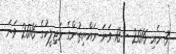
3 މެއި 2016 - 18 ވަނަ ރައްޔިތުންގެ މަޖިލީހުގެ 2016 ވަނަ